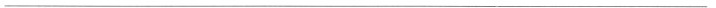
___